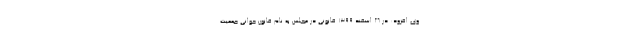
وی افزود: در ۲۶ اسفند ۱۳۹۹ قانونی در مجلس به نام قانون جوانی جمعیت